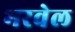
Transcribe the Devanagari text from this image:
भरवेल